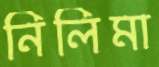
নিলিমা